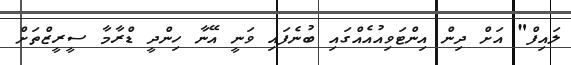
ލައިފް" އަށް ދިން އިންޓަވިއުއެއްގައި ބުނެފައި ވަނީ އޭނާ ހިންދީ ޑްރާމާ ސީރީޒްތަށް